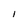
Character: l